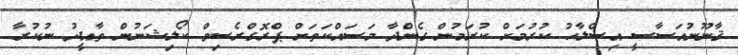
ޤާނޫނުއަސާސީ އިސްލާޙު ކުރުމަށް ކުރަމުން ގެންދާ މަސައްކަތަށް ޕްރޮގްރެސިވް ކޯލިޝަނުން ތާއީދު ނުކުރާ